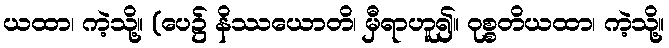
ယထာ၊ ကဲ့သို့။ (ပေ၌ နိဿယောတိ၊ မှီရာဟူ၍။ ဝုစ္စတိယထာ၊ ကဲ့သို့။